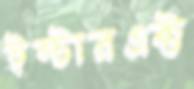
ইন্টারএক্ট